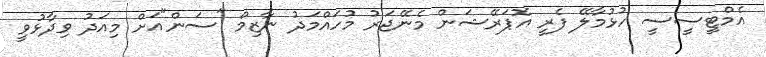
އެމްޓީސީސީ ހުޅުމާލޭ ފެރީ އޮޕަރޭޝަން މެނޭޖަރު މުހައްމަދު ނާޒިމް "ސަން"އަށް މިއަދު ވިދާޅުވީ